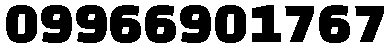
09966901767